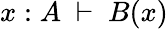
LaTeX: x:A\ \vdash\ B(x)